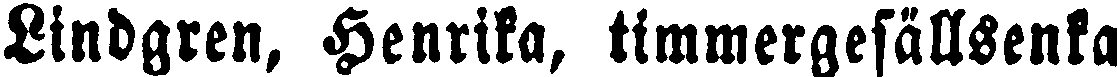
Lindgren, Henrika, timmergesällsenka